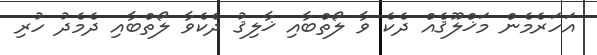
އަހަރެމެން މަޚްލޫޤެއް ދެކެ ވާ ލޯތްބާއި ޚާލިޤު ދެކެވާ ލޯތްބާއި ދެމެދު ހުރި